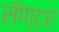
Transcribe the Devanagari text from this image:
सॅण्टर